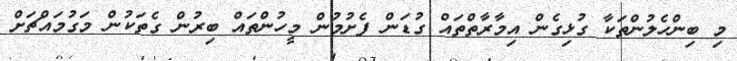
މި ބިންހެލުންތަކާ ގުޅިގެން އިމާރާތްތައް ގުޑަން ފެށުމުން މީހުންތައް ބިރުން ގެތަކުން މަގުމައްޗަށް